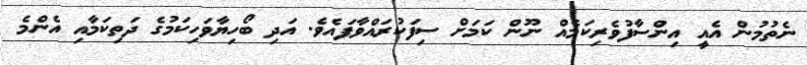
ނެތުމުން އެއީ އިންސާފުވެރިކަމެއް ނޫން ކަމަށް ސިފަކުރައްވާފައެވެ. އަދި ބޯހިޔާވަހިކަމުގެ ދަތިކަމާއި އެންމެ